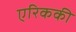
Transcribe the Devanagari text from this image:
एरिककी